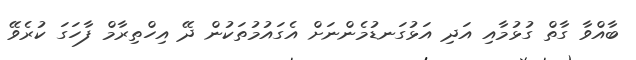
ބާއްވާ ގާތް ގުޅުމާއި އަދި އަޅުގަނޑުމެންނަށް އެގައުމުތަކުން ދޭ އިހްތިރާމް ފާހަގަ ކުރެވޭ